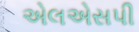
એલએસપી